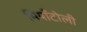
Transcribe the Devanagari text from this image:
मियाँटोली